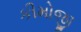
કીમોજી